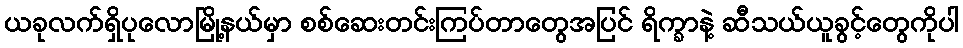
ယခုလက်ရှိပုလောမြို့နယ်မှာ စစ်ဆေးတင်းကြပ်တာတွေအပြင် ရိက္ခာနဲ့ ဆီသယ်ယူခွင့်တွေကိုပါ